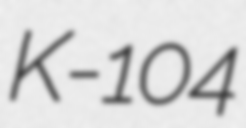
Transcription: K-104